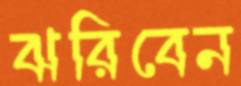
ঝরিবেন